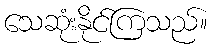
သေဆုံးနိုင်ကြသည်။